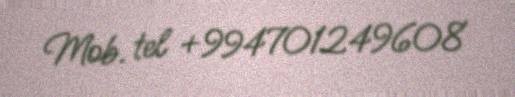
Mob. tel +994701249608